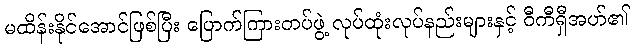
မထိန်းနိုင်အောင်ဖြစ်ပြီး ပြောက်ကြားတပ်ဖွဲ့ လုပ်ထုံးလုပ်နည်းများနှင့် ဝီကီရှီအဟ်၏